Report on the bubonic plague in Bombay, 1896-1897
Year: 1896
Disease focus: Plague
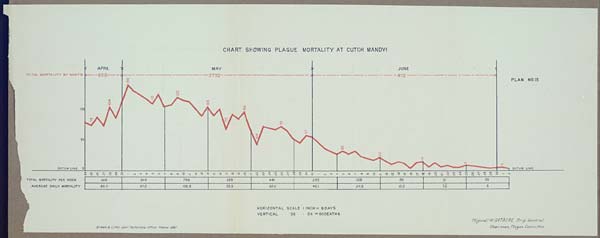
CHART SHOWING PLAGUE MORTALITY AT CUTCH MANDVI
PLAN No. 15
HORIZONTAL SCALE 1 INCH = 5 DAYS
VERTICAL Do. Do. = 50 DEATHS
(Signed) W. GATACRE Brig, General.
Drawn & Litho, Govt. Photozinco, Office Poona 1897 Chairman, Plague Committee